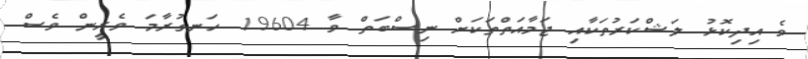
ވެ އިދިކޮޅު ލަޝްކަރުތަކާއި ޖަމާއަތްތަކަށް ނިސްބަތް ވާ 19604 ހަނގުރާމަ ވެރީން ވެސް